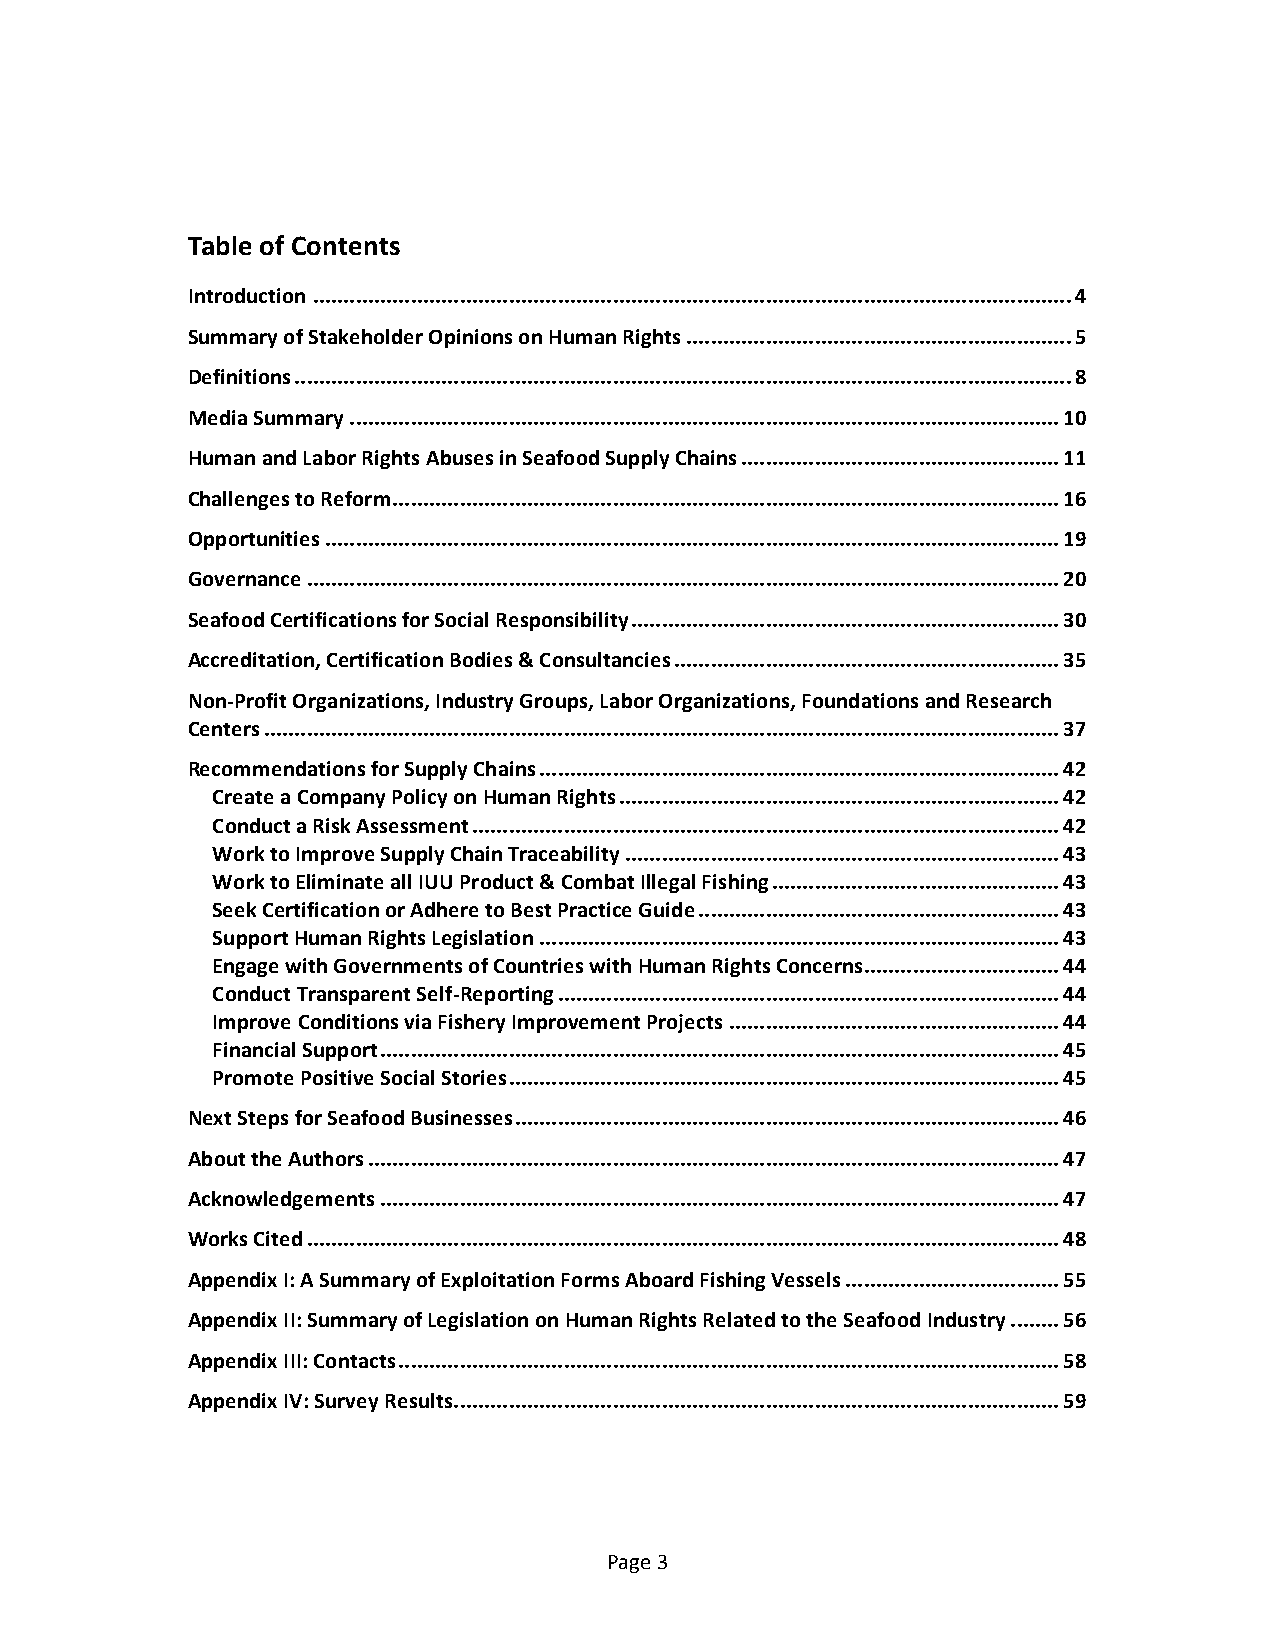
Table of Contents
 Introduction ............................................................................................................................ 4
 Summary of Stakeholder Opinions on Human Rights ............................................................... 5
 Definitions ............................................................................................................................... 8
 Media Summary .................................................................................................................... 10
 Human and Labor Rights Abuses in Seafood Supply Chains .................................................... 11
 Challenges to Reform ............................................................................................................. 16
 Opportunities ........................................................................................................................ 19
 Governance ........................................................................................................................... 20
 Seafood Certifications for Social Responsibility ...................................................................... 30
 Accreditation, Certification Bodies & Consultancies ............................................................... 35
 Non-­‐Profit Organizations, Industry Groups, Labor Organizations, Foundations and Research
 Centers .................................................................................................................................. 37
 Recommendations for Supply Chains ..................................................................................... 42
 Create a Company Policy on Human Rights ........................................................................ 42
 Conduct a Risk Assessment ................................................................................................ 42
 Work to Improve Supply Chain Traceability ....................................................................... 43
 Work to Eliminate all IUU Product & Combat Illegal Fishing ............................................... 43
 Seek Certification or Adhere to Best Practice Guide ........................................................... 43
 Support Human Rights Legislation ..................................................................................... 43
 Engage with Governments of Countries with Human Rights Concerns ................................ 44
 Conduct Transparent Self-­‐Reporting .................................................................................. 44
 Improve Conditions via Fishery Improvement Projects ...................................................... 44
 Financial Support ............................................................................................................... 45
 Promote Positive Social Stories .......................................................................................... 45
 Next Steps for Seafood Businesses ......................................................................................... 46
 About the Authors ................................................................................................................. 47
 Acknowledgements ............................................................................................................... 47
 Works Cited ........................................................................................................................... 48
 Appendix I: A Summary of Exploitation Forms Aboard Fishing Vessels ................................... 55
 Appendix II: Summary of Legislation on Human Rights Related to the Seafood Industry ........ 56
 Appendix III: Contacts ............................................................................................................ 58
 Appendix IV: Survey Results ................................................................................................... 59
 Page 3